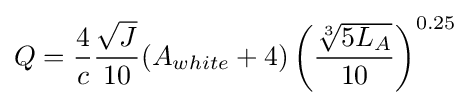
Q={\frac {4}{c}}{\frac {\sqrt {J}}{10}}(A_{white}+4)\left({\frac {\sqrt[{3}]{5L_{A}}}{10}}\right)^{0.25}